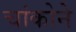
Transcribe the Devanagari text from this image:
चांकोने